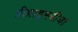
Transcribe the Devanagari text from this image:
प्रीप्राइमरीया